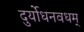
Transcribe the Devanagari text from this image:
दुर्योधनवधम्